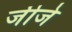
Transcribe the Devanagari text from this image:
जीजे